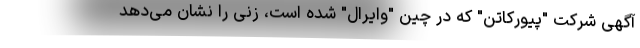
آگهی شرکت "پیورکاتن" که در چین "وایرال" شده است، زنی را نشان می‌دهد